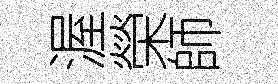
渥榮師